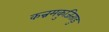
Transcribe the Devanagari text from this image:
कन्नमकुजिताडु